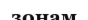
зонам